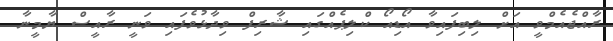
ރާއްޖެއެމްވީ އަށް ލިބިފައިވާ އޯޑިއޯ ކްލިޕެއްގައި ޝާރިފް ވިދާޅުވެފައި ވަނީ ރާއީސް ޔާމީނާ